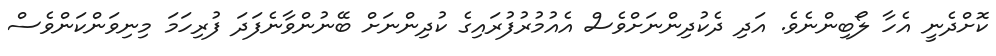
ކޮށްދެނީ އެހާ ލޯބިންނެވެ. އަދި ދެކުދިންނަށްވެސް އެއުމުރުފުރައިގެ ކުދިންނަށް ބޭނުންވާނެފަދަ ފުރިހަމަ މިނިވަންކަންވެސް